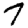
Digit: 7